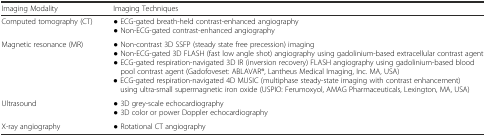
<table><thead><tr><td><b>Imaging Modality</b></td><td><b>Imaging Techniques</b></td></tr></thead><tbody><tr><td>Computed tomography (CT)</td><td>● ECG-gated breath-held contrast-enhanced angiography● Non-ECG-gated contrast-enhanced angiography</td></tr><tr><td>Magnetic resonance (MR)</td><td>● Non-contrast 3D SSFP (steady state free precession) imaging● Non-ECG-gated 3D FLASH (fast low angle shot) angiography using gadolinium-based extracellular contrast agent● ECG-gated respiration-navigated 3D IR (inversion recovery) FLASH angiography using gadolinium-based blood pool contrast agent (Gadofoveset: ABLAVAR®, Lantheus Medical Imaging, Inc. MA, USA)● ECG-gated respiration-navigated 4D MUSIC (multiphase steady-state imaging with contrast enhancement) using ultra-small supermagnetic iron oxide (USPIO: Ferumoxyol, AMAG Pharmaceuticals, Lexington, MA, USA)</td></tr><tr><td>Ultrasound</td><td>● 3D grey-scale echocardiography● 3D color or power Doppler echocardiography</td></tr><tr><td>X-ray angiography</td><td>● Rotational CT angiography</td></tr></tbody></table>